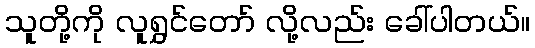
သူတို့ကို လူရွှင်တော် လို့လည်း ခေါ်ပါတယ်။